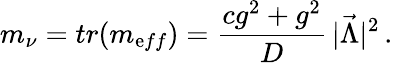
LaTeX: m_{\nu}=tr(m_{\mathrm{e}ff})={\frac{{cg^{2}+g^{2}}}{{D}}}\, \vert\vec{{\Lambda}}\vert^{2}\, .